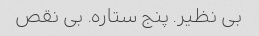
بی نظیر. پنج ستاره. بی نقص